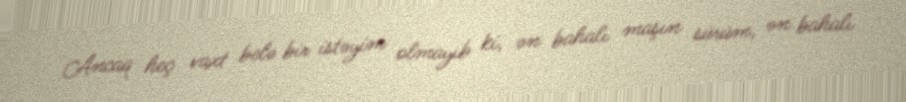
Ancaq heç vaxt belə bir istəyim olmayıb ki, ən bahalı maşın sürüm, ən bahalı